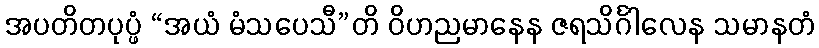
အပတိတပုပ္ဖံ “အယံ မံသပေသီ”တိ ဝိဟညမာနေန ဇရသိင်္ဂါလေန သမာနတံ